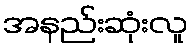
အနည်းဆုံးလူ